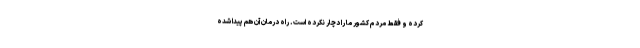
کرده و فقط مردم کشور ما را دچار نکرده است. راه درمان آن هم پیدا شده